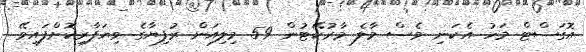
އޮގަސްޓް މަހު އެކަނި ވެސް މާލެ މާރުކޭޓުން 59 މިލިއަން ރުފިޔާގެ ވިޔަފާރިކޮށްފައިވޭ